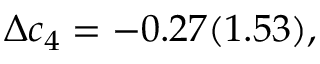
\Delta c _ { 4 } = - 0 . 2 7 ( 1 . 5 3 ) ,